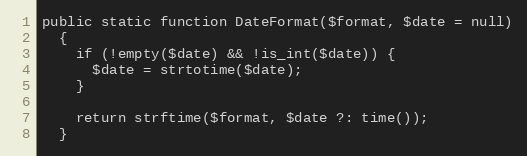
Language: PHP
public static function DateFormat($format, $date = null)
  {
    if (!empty($date) && !is_int($date)) {
      $date = strtotime($date);
    }

    return strftime($format, $date ?: time());
  }